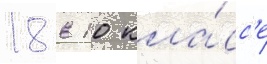
18 в 10 кла́сс'е